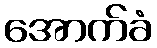
အောက်ခံ